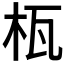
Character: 𣐎